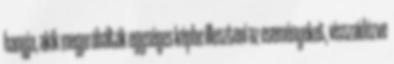
hangja, akik megpróbálták egységes képbe illeszteni az eseményeket, visszaidézve